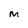
Character: M